Indian journal of veterinary science and animal husbandry - Volumes 18-21, 1948-1951
Year: 1948
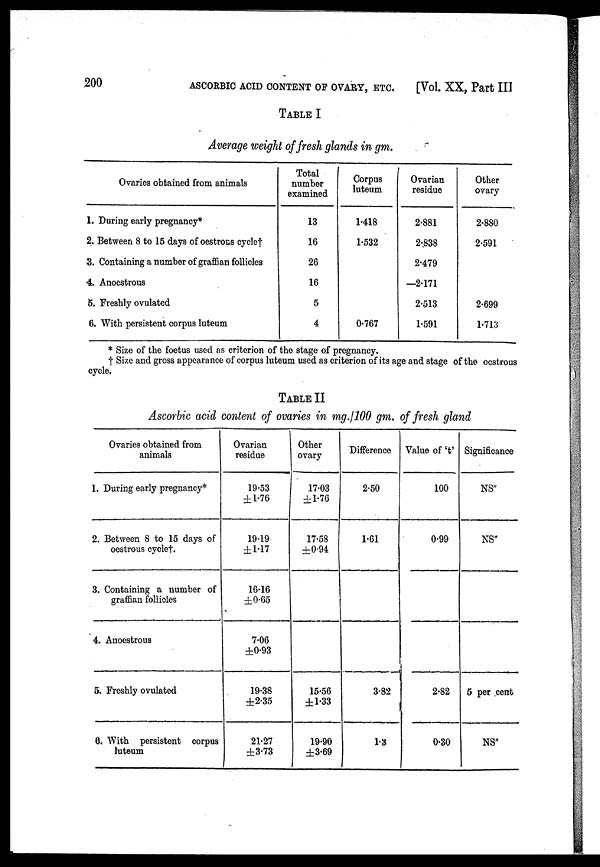
200
ASCORBIC ACID CONTENT OF OVARY, ETC.
[Vol. XX, Part III
TABLE I
Average weight of fresh glands in gm.
Ovaries obtained from animals
1. During early pregnancy*
2. Between 8 to 15 days of oestrous cycle†
3. Containing a number of graffian follicles
4. Anoestrous
5. Freshly ovulated
6. With persistent corpus luteum
Total
number
examined
13
16
26
16
5
4
Corpus
luteum
1.418
1.532
0.767
Ovarian
residue
2.881
2.838
2.479
—2.171
2.513
1.591
Other
ovary
2.880
2.591
2.699
1.713
* Size of the foetus used as criterion of the stage of pregnancy.
† Size and gross appearance of corpus luteum used as criterion of its age and stage of the oestrous
cycle.
TABLE II
Ascorbic acid content of ovaries in mg./100 gm. of fresh gland
Ovaries obtained from
animals
1. During early pregnancy*
2. Between 8 to 15 days of
oestrous cycle†.
3. Containing a number of
graffian follicles
4. Anoestrous
5. Freshly ovulated
6. With persistent corpus
luteum
Ovarian
residue
19.53
±1.76
19.19
±1.17
16.16
±0.65
7.06
±0.93
19.38
±2.35
21.27
±3.73
Other
ovary
17.03
±1.76
17.58
±0.94
15.56
±1.33
19.90
±3.69
Difference
2.50
1.61
3.82
1.3
Value of 't'
100
0.99
2.82
0.30
Significance
NS"
NS"
5 per cent
NS"